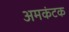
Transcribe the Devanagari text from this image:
अमकंटक